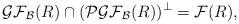
LaTeX: \begin{align*}\mathcal{GF}_{\mathcal{B}}(R)\cap (\mathcal{PGF}_{\mathcal{B}}(R))^\perp = \mathcal{F}(R),\end{align*}